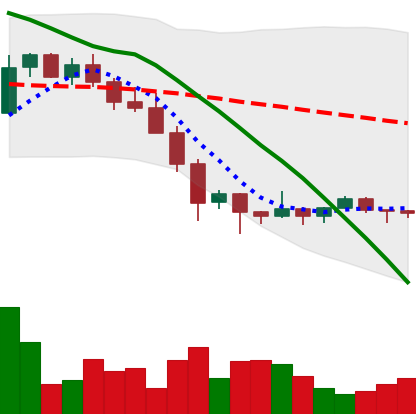
Ticker: XMR-USD
Chart end date: 2022-02-01
Forward return: 18.72%
Label: up_7plus